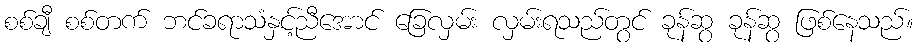
စစ်ချီ စစ်တက် ဘင်ခရာသံနှင့်ညီအောင် ခြေလှမ်း လှမ်းရသည်တွင် ခုန်ဆွ ခုန်ဆွ ဖြစ်နေသည်။